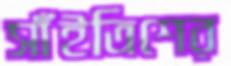
সাঁইত্রিশের